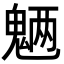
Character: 魉